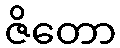
ဇိတော